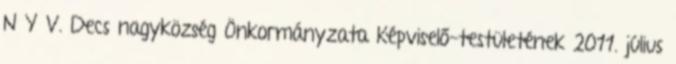
N Y V. Decs nagyközség Önkormányzata Képviselő-testületének 2011. július